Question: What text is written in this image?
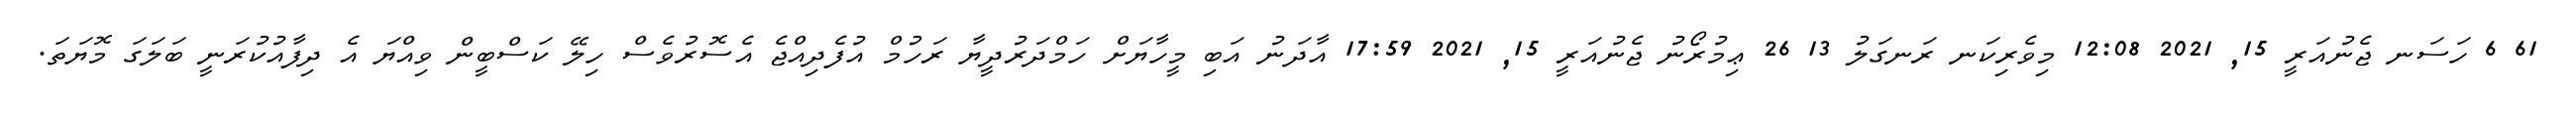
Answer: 61 6 ހަސަނ ޖެނުއަރީ 15, 2021 12:08 މިވެރިކަނ ރަނގަލު 13 26 ޢިމުރޯނު ޖެނުއަރީ 15, 2021 17:59 އާދަނު އަބި މީހާޔަށް ހަމްދަރުދީޔާ ރަހުމް އުފެދިއްޖެ އެސޮރުވެސް ހިލޭ ކަސްބީން ވިއްޔަ އެ ދިފާއުކުރަނީ ބަލަގަ މޮޔަތަ.